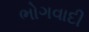
ભોગવાદી